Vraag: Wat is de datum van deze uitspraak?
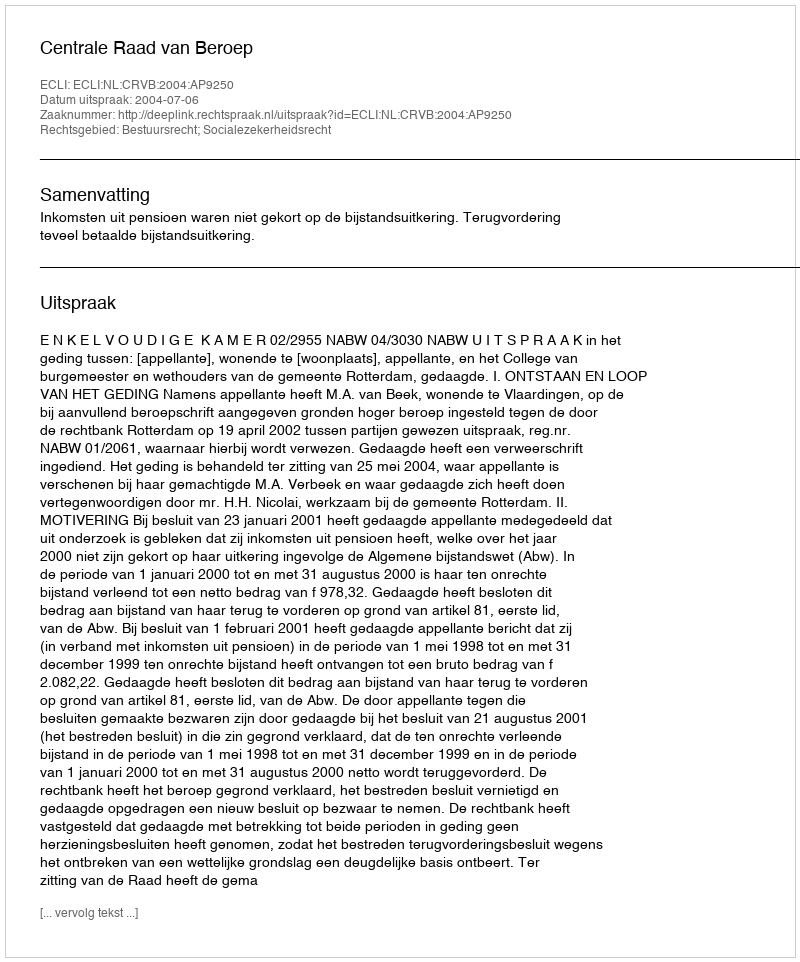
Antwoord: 2004-07-06